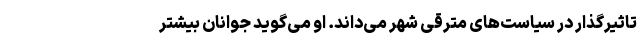
تاثیرگذار در سیاست‌های مترقی شهر می‌داند. او می‌گوید جوانان بیشتر